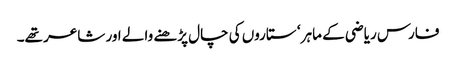
فارس ریاضی کے ماہر ‘ ستاروں کی چال پڑھنے والے اور شاعر تھے۔